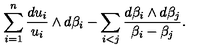
\sum _ { i = 1 } ^ { n } \frac { d u _ { i } } { u _ { i } } \wedge d \beta _ { i } - \sum _ { i < j } \frac { d \beta _ { i } \wedge d \beta _ { j } } { \beta _ { i } - \beta _ { j } } .